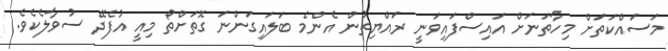
މަސައްކަތަށް މިހާތަނަށް އައިސްފައިވަނީ ރައްޔިތުން އެންމެ ބަލައިގަންނަ ގޮތަށްތޯ މިއީ އުފެދޭ ސުވާލެކެވެ.